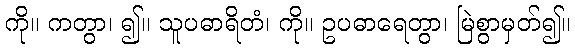
ကို။ ကတွာ၊ ၍။ သူပဓာရိတံ၊ ကို။ ဥပဓာရေတွာ၊ မြဲစွာမှတ်၍။